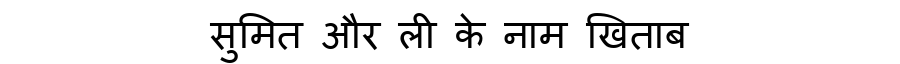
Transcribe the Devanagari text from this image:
सुमित और ली के नाम खिताब